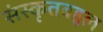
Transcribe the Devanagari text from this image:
संस्कृतबहुल